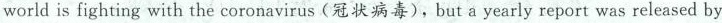
world is fighting with the coronavirus